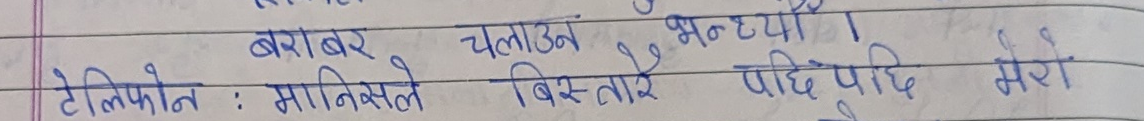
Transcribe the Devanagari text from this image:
बराबर चलाउने भन्थ्यौ ।
टेलिफोन : मानिसले बिस्तारै पछि मेरी